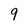
Character: 9